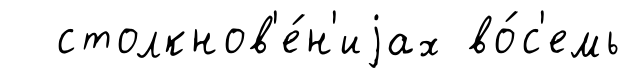
столкнов'е́н'иjах во́с'емь